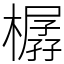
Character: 樼